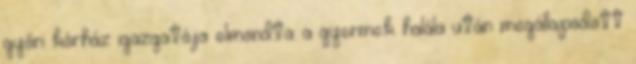
győri kórház igazgatója elmondta: a gyermek halála után megállapodott